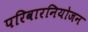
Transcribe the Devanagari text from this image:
परिवारनियोजन